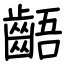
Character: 齬